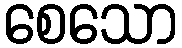
စေသော